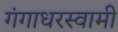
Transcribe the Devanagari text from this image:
गंगाधरस्वामी